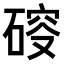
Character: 𥔉